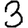
Digit: 3